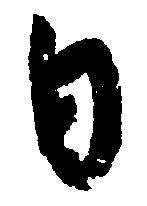
日